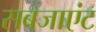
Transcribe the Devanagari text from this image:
सबजाएंट